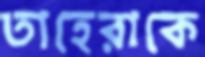
তাহেরাকে